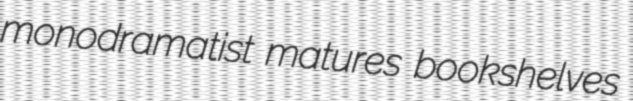
monodramatist matures bookshelves